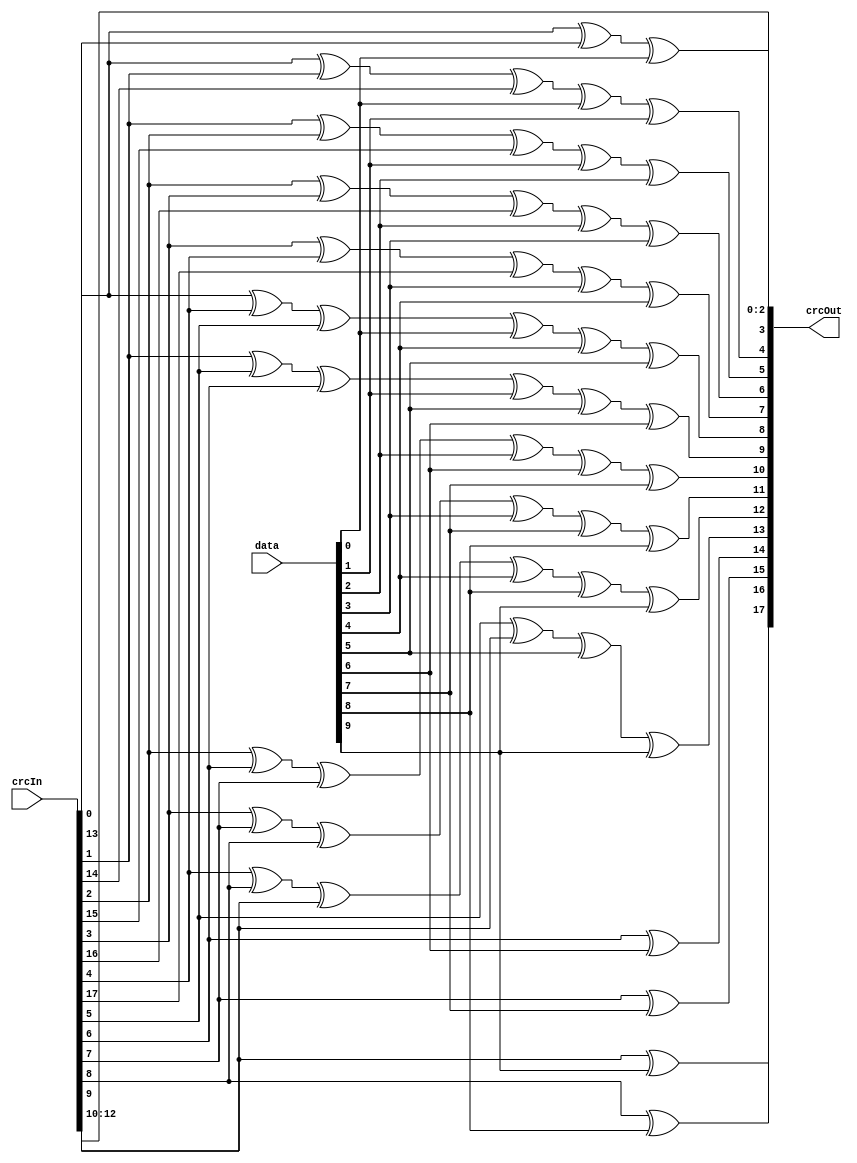
`timescale 1ns / 1ps
//https://bues.ch/cms/hacking/crcgen
// CRC polynomial coefficients: x^18 + x^5 + x^4 + 1
//                              0x23000 (hex)
// CRC width:                   18 bits
// CRC shift direction:         right (little endian)
// Input word width:            10 bits

module crcSMPTE (
	input [17:0] crcIn,
	input [9:0] data,
	output [17:0] crcOut
);
	assign crcOut[0] = crcIn[10];
	assign crcOut[1] = crcIn[11];
	assign crcOut[2] = crcIn[12];
	assign crcOut[3] = (crcIn[0] ^ crcIn[13] ^ data[0]);
	assign crcOut[4] = (crcIn[0] ^ crcIn[1] ^ crcIn[14] ^ data[0] ^ data[1]);
	assign crcOut[5] = (crcIn[1] ^ crcIn[2] ^ crcIn[15] ^ data[1] ^ data[2]);
	assign crcOut[6] = (crcIn[2] ^ crcIn[3] ^ crcIn[16] ^ data[2] ^ data[3]);
	assign crcOut[7] = (crcIn[3] ^ crcIn[4] ^ crcIn[17] ^ data[3] ^ data[4]);
	assign crcOut[8] = (crcIn[0] ^ crcIn[4] ^ crcIn[5] ^ data[0] ^ data[4] ^ data[5]);
	assign crcOut[9] = (crcIn[1] ^ crcIn[5] ^ crcIn[6] ^ data[1] ^ data[5] ^ data[6]);
	assign crcOut[10] = (crcIn[2] ^ crcIn[6] ^ crcIn[7] ^ data[2] ^ data[6] ^ data[7]);
	assign crcOut[11] = (crcIn[3] ^ crcIn[7] ^ crcIn[8] ^ data[3] ^ data[7] ^ data[8]);
	assign crcOut[12] = (crcIn[4] ^ crcIn[8] ^ crcIn[9] ^ data[4] ^ data[8] ^ data[9]);
	assign crcOut[13] = (crcIn[5] ^ crcIn[9] ^ data[5] ^ data[9]);
	assign crcOut[14] = (crcIn[6] ^ data[6]);
	assign crcOut[15] = (crcIn[7] ^ data[7]);
	assign crcOut[16] = (crcIn[8] ^ data[8]);
	assign crcOut[17] = (crcIn[9] ^ data[9]);
endmodule